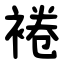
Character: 裷